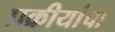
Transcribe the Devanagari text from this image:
प्रक्रीयांचा